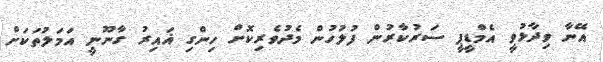
އޭނާ ވިދާޅުވީ އެމްޑީޕީ ސަރުކާރުން ފުލުހުން މެދުވެރިކޮށް ހިންގި ޣައިރު ގާނޫނީ އަމަލުތަކަށް